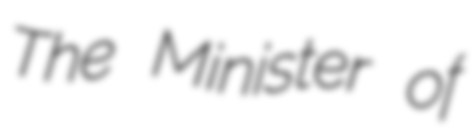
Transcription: The Minister of